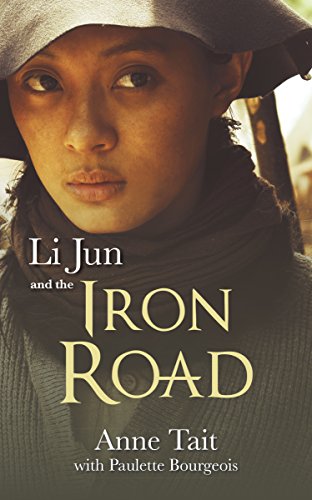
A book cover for Li Jun and the Iron Road; Anne Tait; Teen & Young Adult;